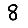
Digit: 8